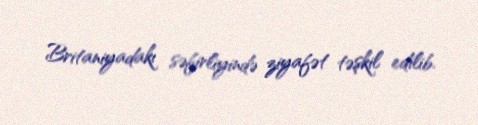
Britaniyadakı səfirliyində ziyafət təşkil edilib.